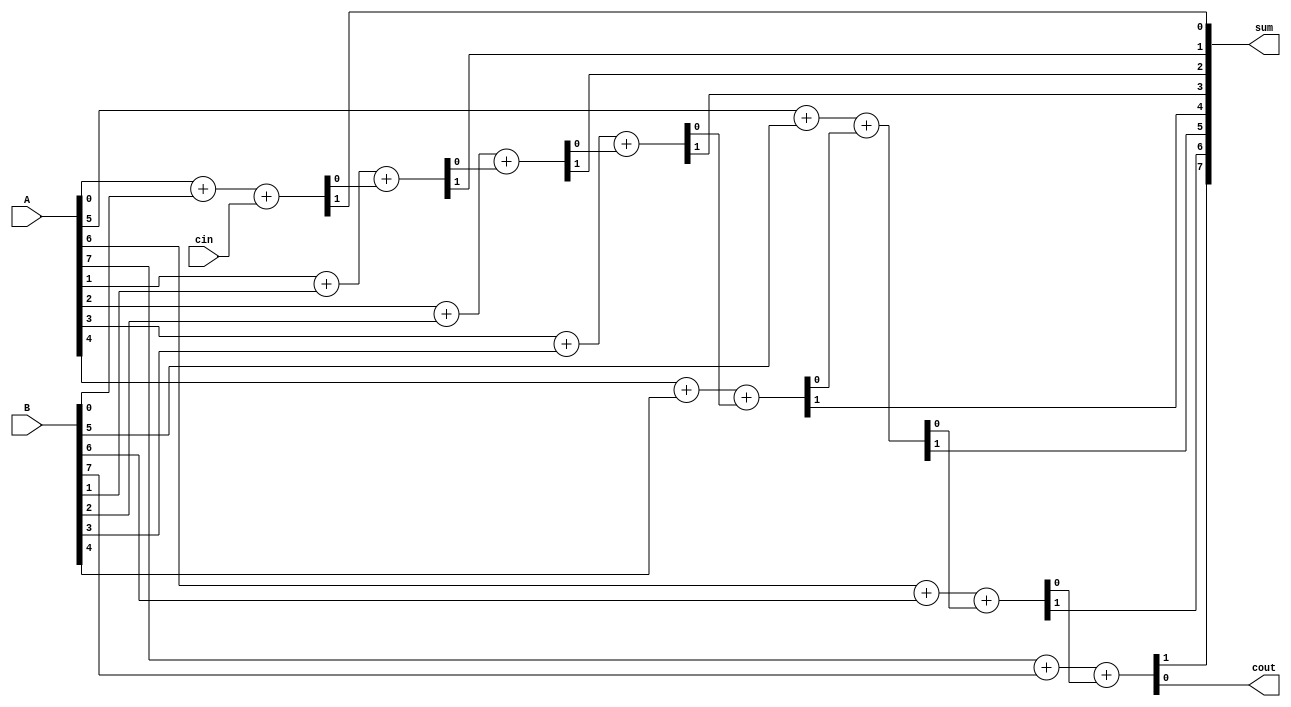
module manchester_carry_chain_adder(
    input [7:0] A,
    input [7:0] B,
    input cin,
    output [7:0] sum,
    output cout
);

wire [8:0] c;
wire [7:0] s;

assign c[0] = cin;
assign {s[0], c[1]} = A[0] + B[0] + c[0];

genvar i;
generate
    for (i = 1; i < 8; i = i + 1) begin : stage
        assign {s[i], c[i+1]} = A[i] + B[i] + c[i];
    end
endgenerate

assign sum = s;
assign cout = c[8];

endmodule